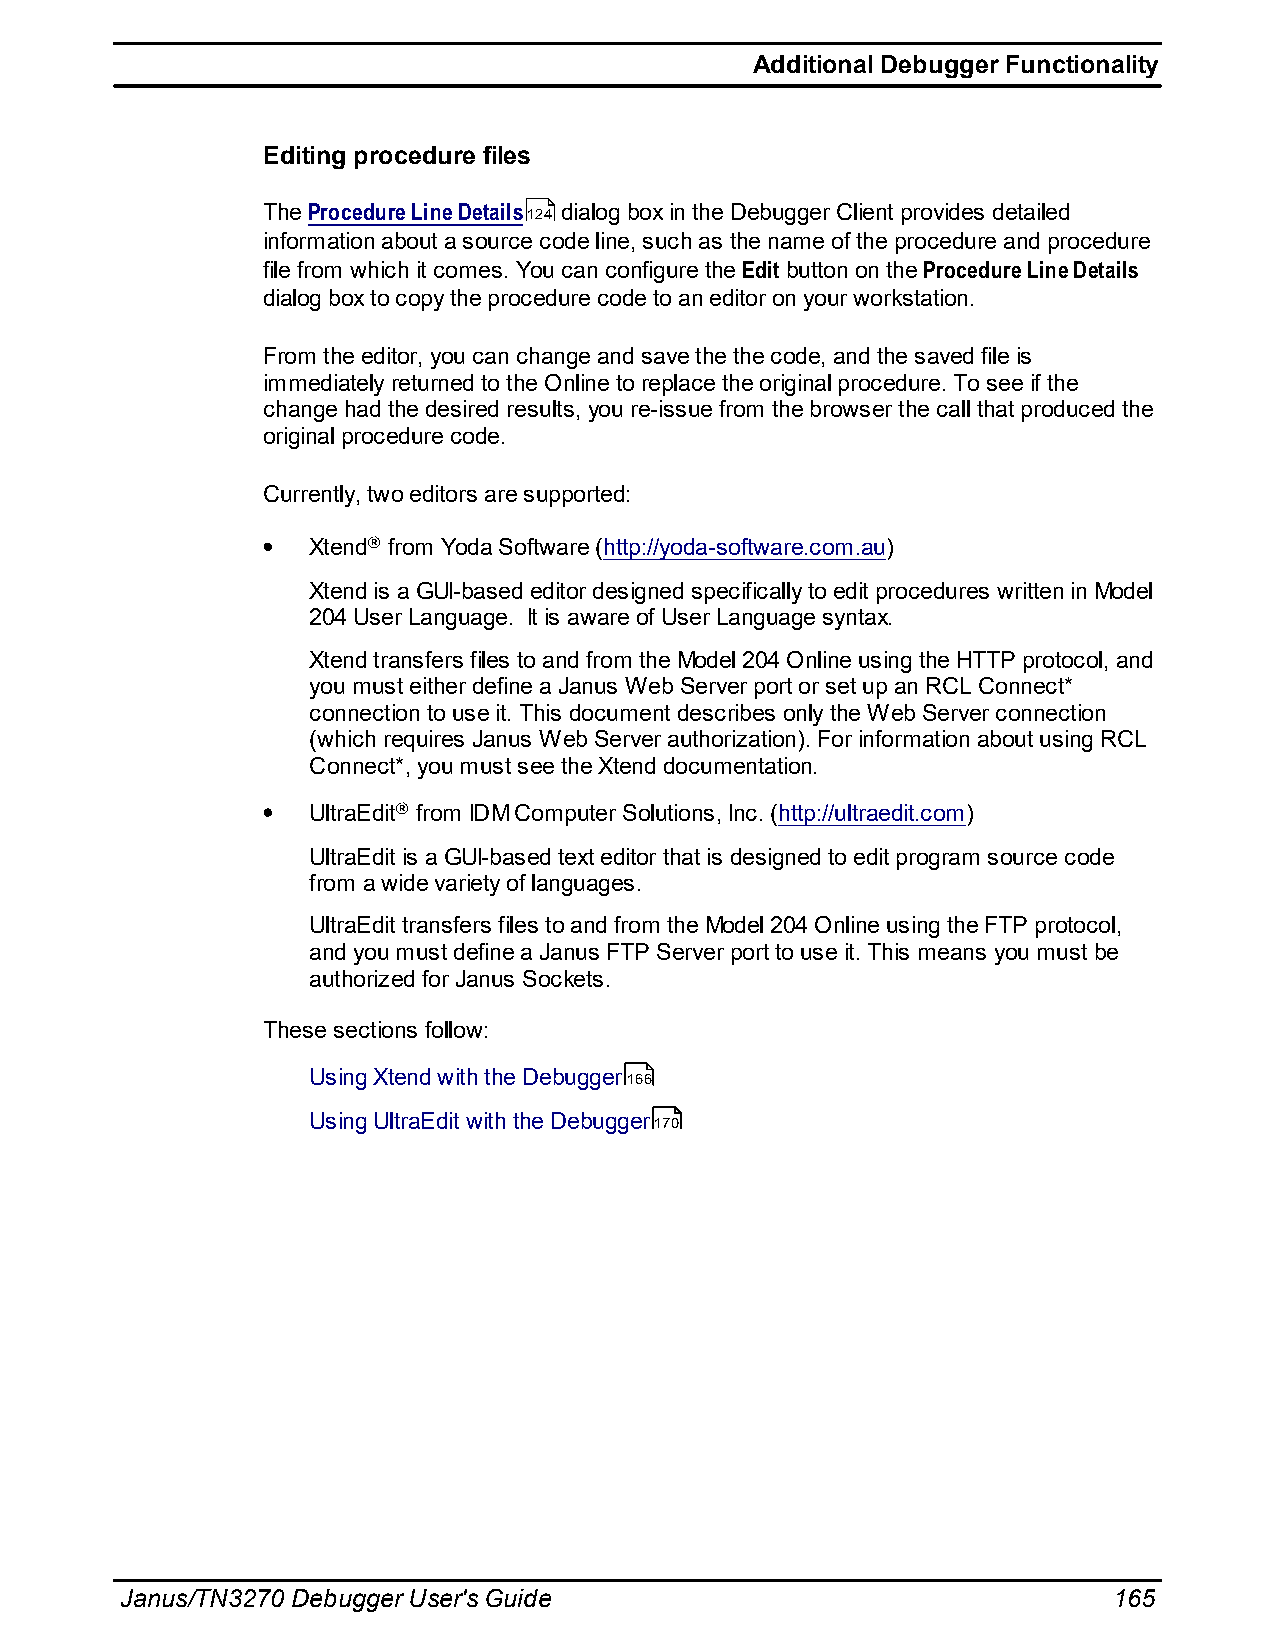
Additional Debugger Functionality
 Editing procedure files
 The Procedure Line Details124 dialog box in the Debugger Client provides detailed
 information about a source code line, such as the name of the procedure and procedure
 file from which it comes. You can configure the Edit button on the Procedure Line Details
 dialog box to copy the procedure code to an editor on your workstation.
 From the editor, you can change and save the the code, and the saved file is
 immediately returned to the Online to replace the original procedure. To see if the
 change had the desired results, you re-issue from the browser the call that produced the
 original procedure code.
 Currently, two editors are supported:
 Xtend® from Yoda Software (http://yoda-software.com.au)
 Xtend is a GUI-based editor designed specifically to edit procedures written in Model
 204 User Language. It is aware of User Language syntax.
 Xtend transfers files to and from the Model 204 Online using the HTTP protocol, and
 you must either define a Janus Web Server port or set up an RCL Connect*
 connection to use it. This document describes only the Web Server connection
 (which requires Janus Web Server authorization). For information about using RCL
 Connect*, you must see the Xtend documentation.
 UltraEdit® from IDM Computer Solutions, Inc. (http://ultraedit.com)
 UltraEdit is a GUI-based text editor that is designed to edit program source code
 from a wide variety of languages.
 UltraEdit transfers files to and from the Model 204 Online using the FTP protocol,
 and you must define a Janus FTP Server port to use it. This means you must be
 authorized for Janus Sockets.
 These sections follow:
 Using Xtend with the Debugger166
 Using UltraEdit with the Debugger170
 Janus/TN3270 Debugger User's Guide                                165